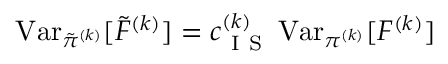
\operatorname { V a r } _ { \tilde { \pi } ^ { ( k ) } } [ \widetilde { F } ^ { ( k ) } ] = c _ { \mathrm { ~ I ~ S ~ } } ^ { ( k ) } \operatorname { V a r } _ { \pi ^ { ( k ) } } [ F ^ { ( k ) } ]